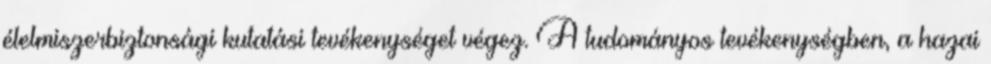
élelmiszerbiztonsági kutatási tevékenységet végez. A tudományos tevékenységben, a hazai